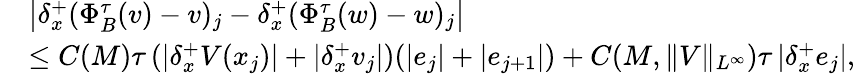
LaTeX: \begin{array}{rl}&{\left|{\delta_{x}^{+}}(\Phi_{B}^{\tau}(v)-v)_{j}-{\delta_{x}^{+}}(\Phi_{B}^{\tau}(w)-w)_{j}\right|}\\ &{\leq C(M)\tau\left(\left|{\delta_{x}^{+}}V(x_{j})\right|+\left|{\delta_{x}^{+}}v_{j}\right|\right)(|e_{j}|+|e_{j+1}|)+C(M,\| V\| _{L^{\infty}})\tau\left|{\delta_{x}^{+}}e_{j}\right|,}\end{array}